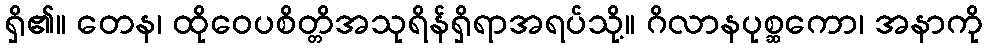
ရှိ၏။ တေန၊ ထိုဝေပစိတ္တိအသုရိန်ရှိရာအရပ်သို့။ ဂိလာနပုစ္ဆကော၊ အနာကို